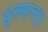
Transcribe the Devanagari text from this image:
सुत्तमाला।